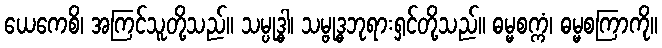
ယေကေစိ၊ အကြင်သူတို့သည်။ သမ္ပုဒ္ဓါ၊ သမ္ဗုဒ္ဓဘုရားရှင်တို့သည်။ ဓမ္မစက္ကံ၊ ဓမ္မစကြာကို။